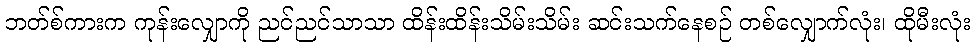
ဘတ်စ်ကားက ကုန်းလျှောကို ညင်ညင်သာသာ ထိန်းထိန်းသိမ်းသိမ်း ဆင်းသက်နေစဉ် တစ်လျှောက်လုံး၊ ထိုမီးလုံး